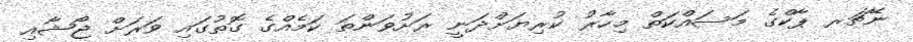
ނޭޗަރ ޕާކްގެ މަސައްކަތް މިހާރު ކުރިޔަށްދަނީ ރަށުވަންތަ ކަމެއްގެ ގޮތުގައި ވަރަށް ޖޯޝާއި